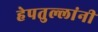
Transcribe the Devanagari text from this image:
हेपतुल्लांनी